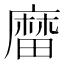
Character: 𪎟